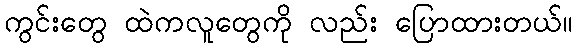
ကွင်းတွေ ထဲကလူတွေကို လည်း ပြောထားတယ်။